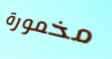
مخمورة